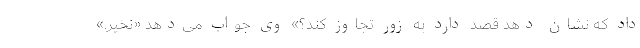
داد که نشان دهد قصد دارد به‌ زور تجاوز کند؟» وی جواب می‌دهد «نخیر.»